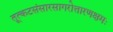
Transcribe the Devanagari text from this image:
तूत्कटसंसारसागरोत्तारणक्षमः